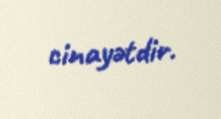
cinayətdir.